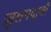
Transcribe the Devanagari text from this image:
प्रमुखपदाची